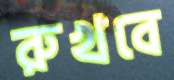
রুখবে